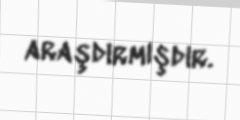
araşdırmışdır.